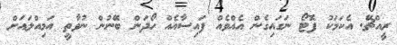
ރީއްޗޭ. އެކަމަކު ފޮޓޯ ނަގައިގެން އެއްވެއް ފައިސާއެއް ހޯދަން ބޭނުން ނުވާތީ އަމިއްލައަށް